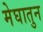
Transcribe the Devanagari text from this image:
मेघातुन